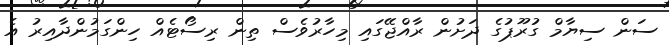
ސަން ސިޔާމް ގުރޫޕުގެ ދަށުން ރާއްޖޭގައި މިހާރުވެސް ތިން ރިސޯޓެއް ހިންގަމުންދާއިރު އެ